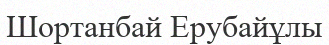
Шортанбай Ерубайұлы